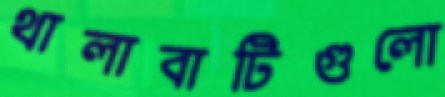
থালাবাটিগুলো